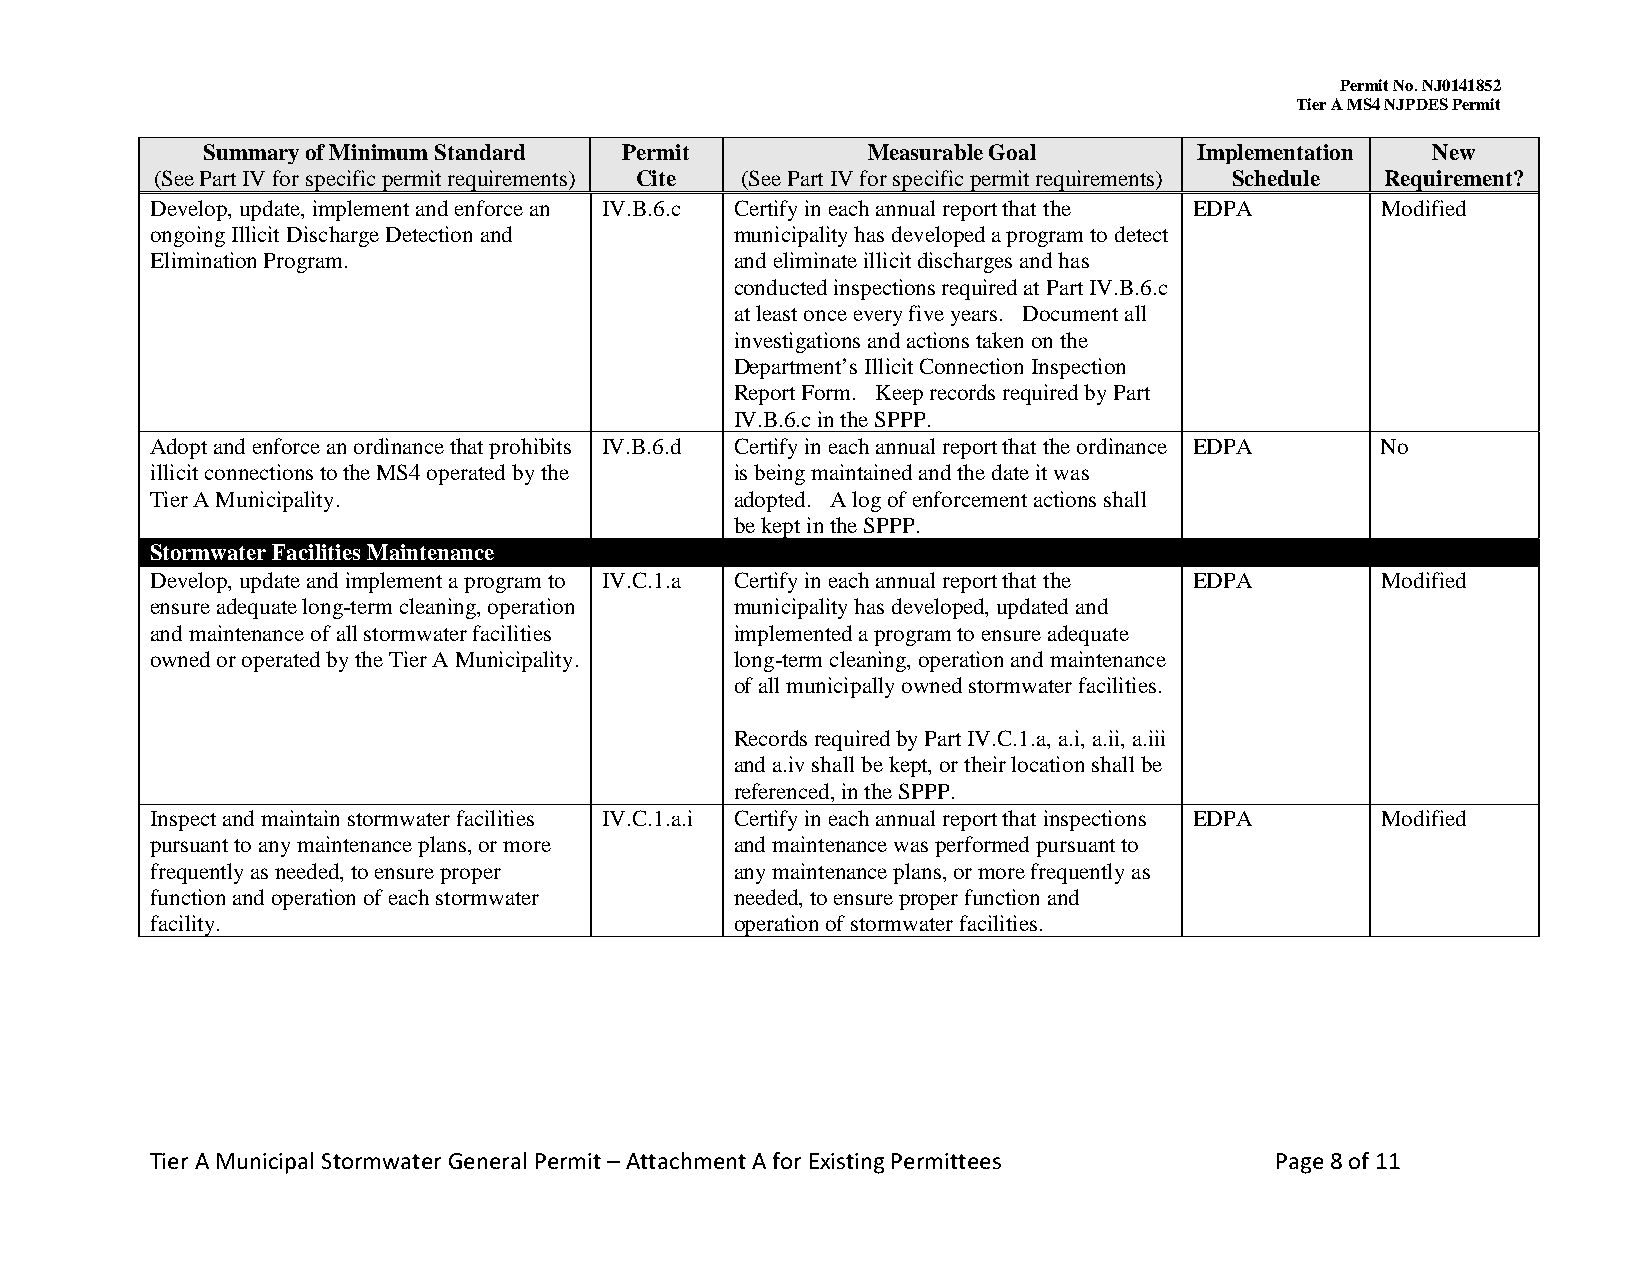
Permit No. NJ0141852
 Tier A MS4 NJPDES Permit
 Summary of Minimum Standard Permit          Measurable Goal       Implementation  New
 (See Part IV for specific permit requirements) Cite (See Part IV for specific permit requirements) Schedule Requirement?
 Develop, update, implement and enforce an IV.B.6.c Certify in each annual report that the EDPA Modified
 ongoing Illicit Discharge Detection and municipality has developed a program to detect
 Elimination Program.                   and eliminate illicit discharges and has
 conducted inspections required at Part IV.B.6.c
 at least once every five years. Document all
 investigations and actions taken on the
 Department’s Illicit Connection Inspection
 Report Form. Keep records required by Part
 IV.B.6.c in the SPPP.
 Adopt and enforce an ordinance that prohibits IV.B.6.d Certify in each annual report that the ordinance EDPA No
 illicit connections to the MS4 operated by the is being maintained and the date it was
 Tier A Municipality.                   adopted. A log of enforcement actions shall
 be kept in the SPPP.
 Stormwater Facilities Maintenance
 Develop, update and implement a program to IV.C.1.a Certify in each annual report that the EDPA Modified
 ensure adequate long-term cleaning, operation municipality has developed, updated and
 and maintenance of all stormwater facilities implemented a program to ensure adequate
 owned or operated by the Tier A Municipality. long-term cleaning, operation and maintenance
 of all municipally owned stormwater facilities.
 Records required by Part IV.C.1.a, a.i, a.ii, a.iii
 and a.iv shall be kept, or their location shall be
 referenced, in the SPPP.
 Inspect and maintain stormwater facilities IV.C.1.a.i Certify in each annual report that inspections EDPA Modified
 pursuant to any maintenance plans, or more and maintenance was performed pursuant to
 frequently as needed, to ensure proper any maintenance plans, or more frequently as
 function and operation of each stormwater needed, to ensure proper function and
 facility.                              operation of stormwater facilities.
 Tier A Municipal Stormwater General Permit – Attachment A for Existing Permittees Page 8 of 11